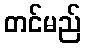
တင်မည်